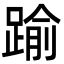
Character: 踰